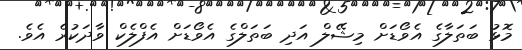
މޮޅު ބަތަލާގެ އެވޯޑަށް މިޝޭލް އަދި ބަތަލްގެ އެވޯޑަށް އެފްލެކް ވާދަކުރެ އެވެ.